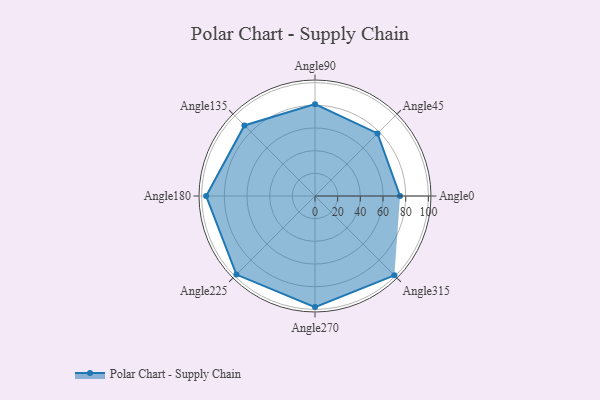
{"axis": {"x": "Angle", "y": "Radius"}, "legend": [""], "data": [{"x": "Angle0", "y": 75.0, "type": ""}, {"x": "Angle45", "y": 78.0, "type": ""}, {"x": "Angle90", "y": 81.0, "type": ""}, {"x": "Angle135", "y": 88.0, "type": ""}, {"x": "Angle180", "y": 96.0, "type": ""}, {"x": "Angle225", "y": 98.0, "type": ""}, {"x": "Angle270", "y": 98.0, "type": ""}, {"x": "Angle315", "y": 99.0, "type": ""}]}